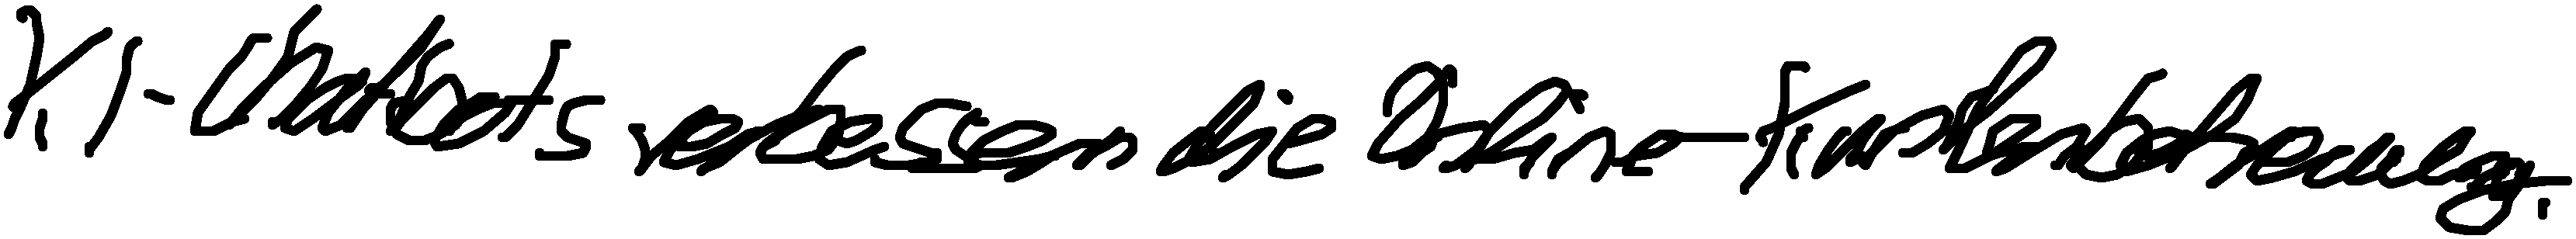
KI-Chatbots verbessern die Online-Kundenbetreuung.